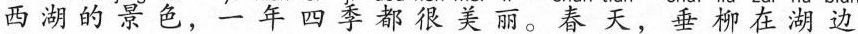
西湖的景色，一年四季都很美丽。春天，垂柳在湖边